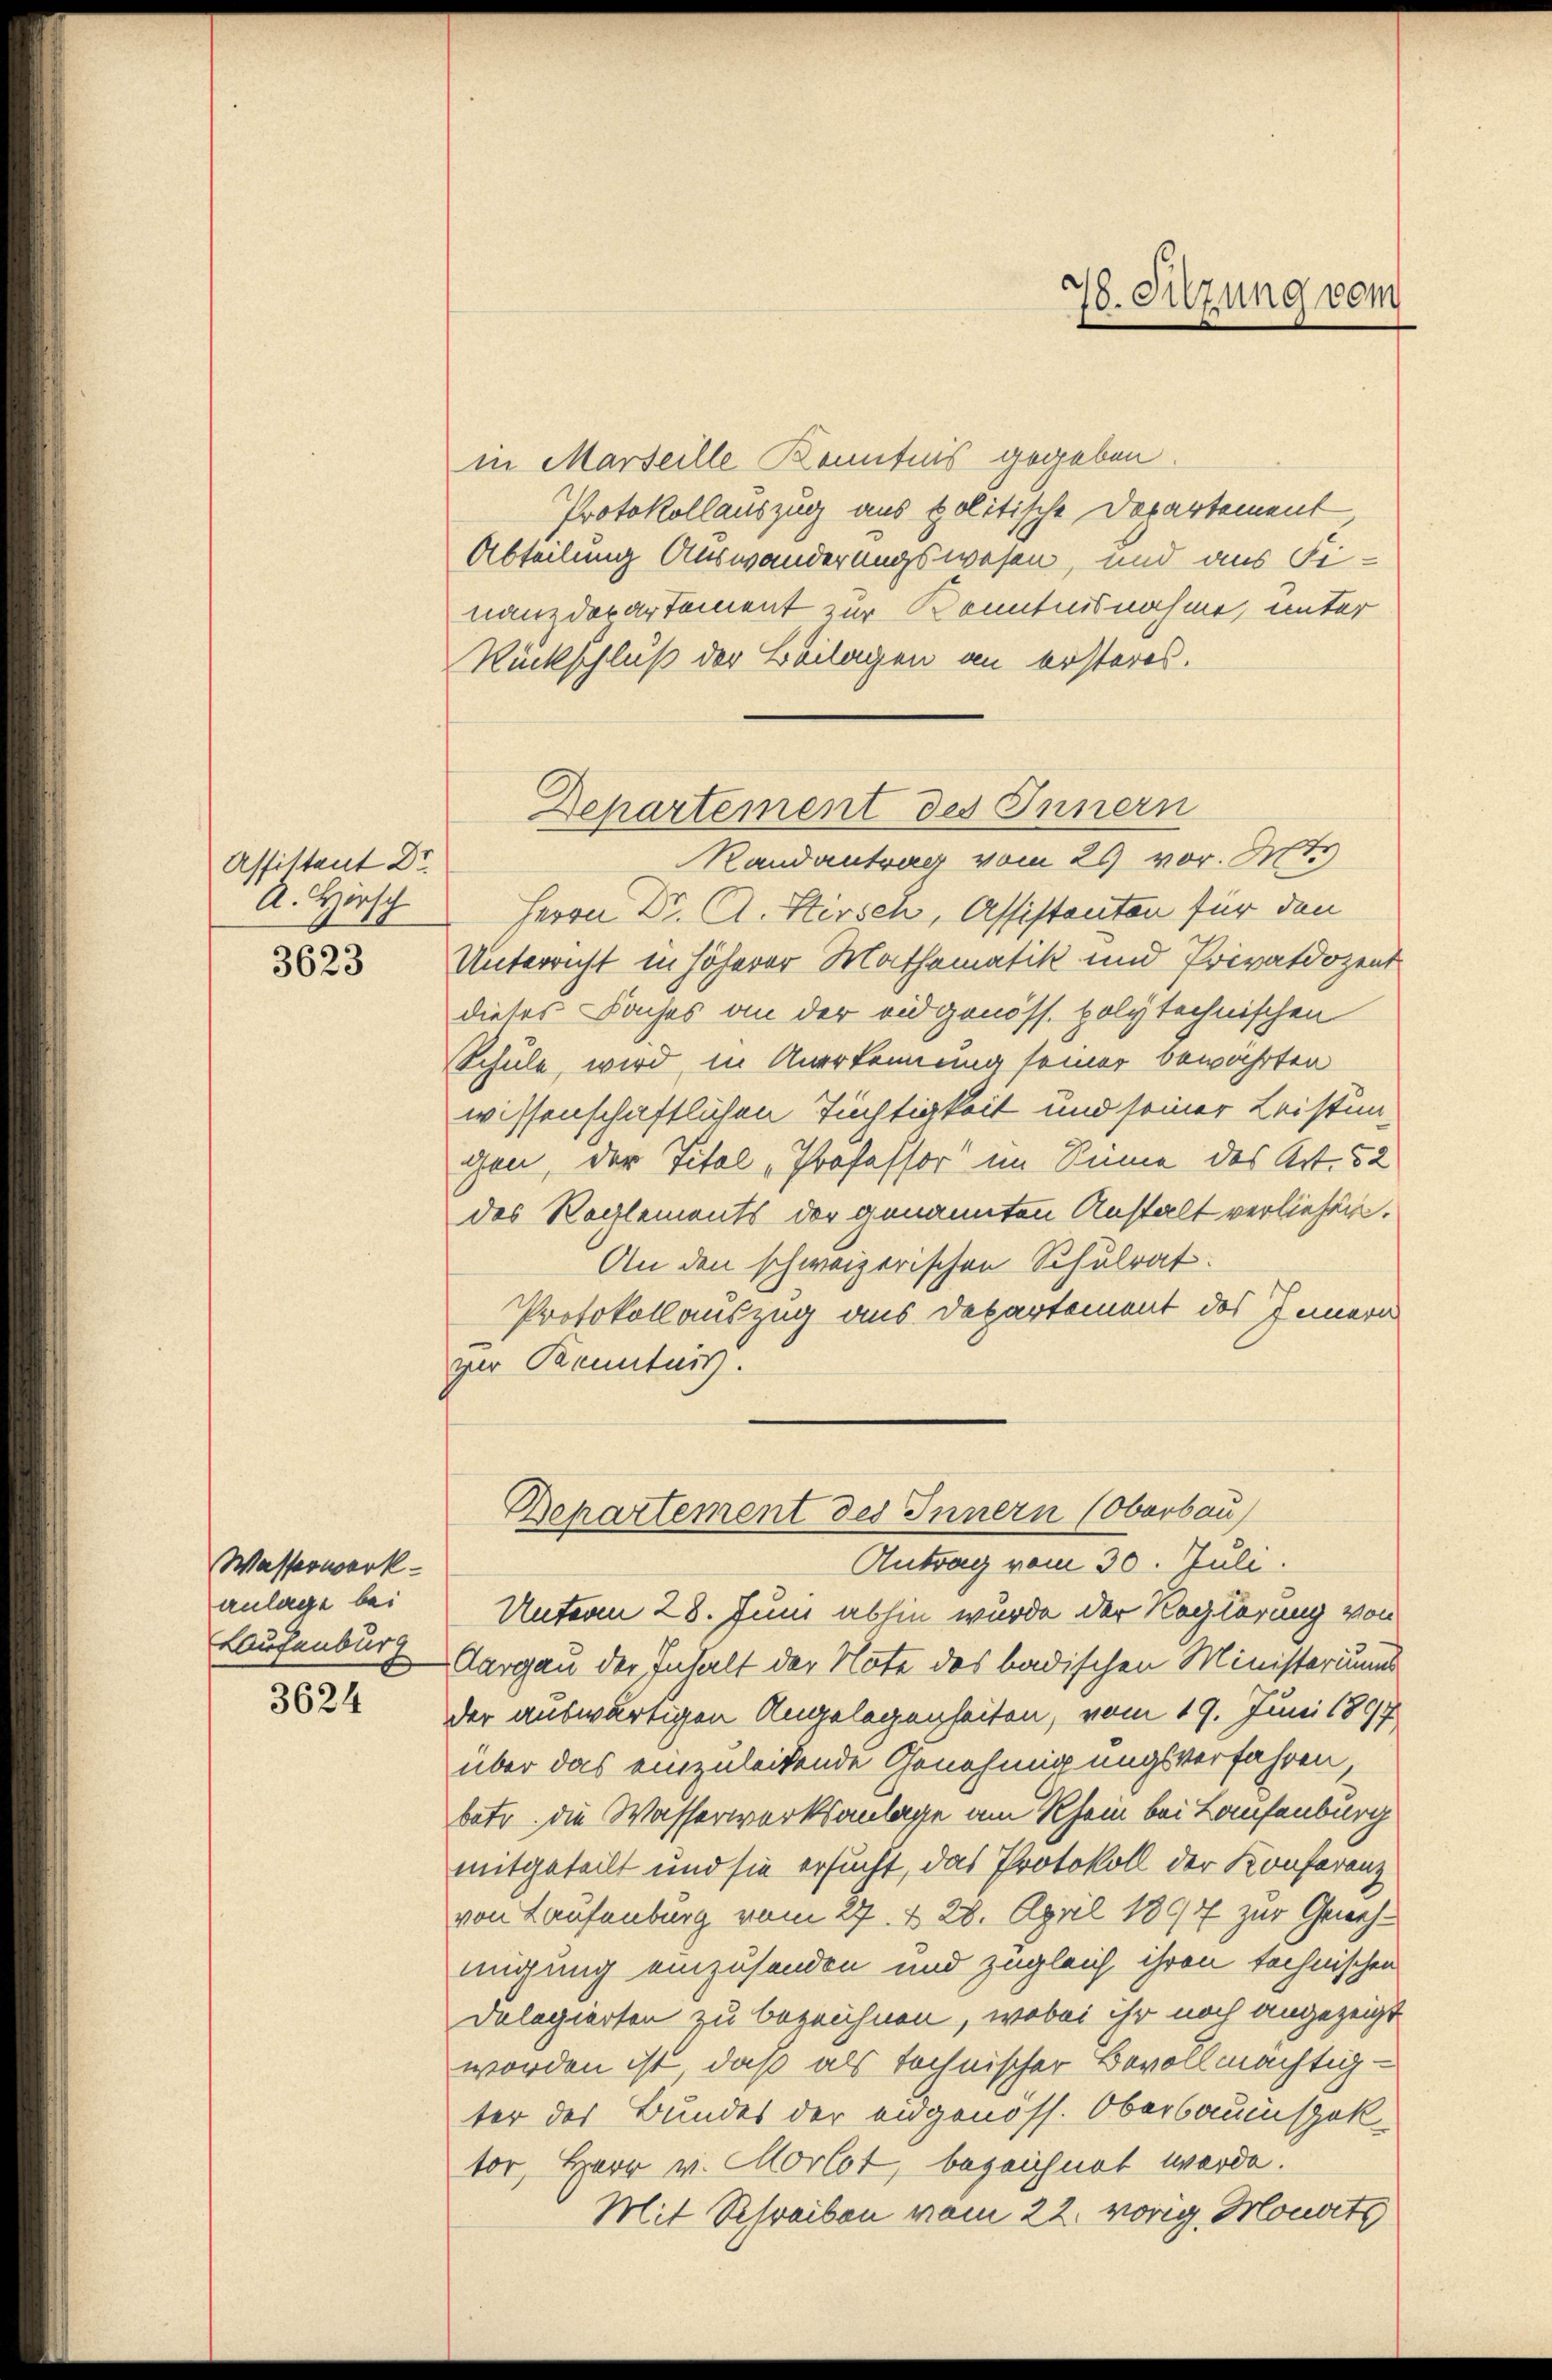
Assittent Dr
A. Hersch
3623

Wasserwerk
anlage bei
Laufenburg

3624

in Marseille Kenntnis gegeben
Protokollauszug aus politische Departement,
Abteilung Auswanderungswesen, und aus Finanzdepartement zur Kenntnisnahme, unter
Rückschluß der Beilagen an ersteres.
Randantrag vom 26 vor. Mts.
Herrn Dr. A. Hirsch, Assistanten für den
Unterricht in höherer Mathematik und Privatdozent
dieses Daches an der eidgenöss. polytechnischen
Schule, wird, in Anerkennung seiner bewahrten
wissenschaftlichen Tüchtigkeit und seiner Leistun-
gen, der Titel „Professor im Sinne des Art. 52
des Reglements der genannten Anstalt verliehen.
An den schweizerischen Schulrat.
Protokollauszug aus Departement des Innern
per Kenntnis.
Bepartement des Innern (Oberbau
Antrag vom 30. Juli.
Unterm 28. Juni abhin wurde der Regierung von
Aargau der Inhalt der Note des badischen Ministeriums
der auswärtigen Angelegenheiten, vom 19. Juni 1897
über das einzuleitende Genehmigungsverfahren
betr. die Wasserwerksanlage am Rhein bei Laufenburg
mitgeteilt und sie ersucht, das Protokoll der Konferenz
von Laufenburg vom 27. d. 28. April 1897 zur Genehmigung einzusenden und zugleich ihren technischen
Dolegierten zu bezeichnen, wobei ihr noch angezeigt
worden ist, daß als technischer Bevollmächtig-
ter des Bundes der eidgenöss. Oberbauinspektor, Herr v. Morlot, bezeichnet werde.
Mit Schreiben vom 22. vorig Monat

Departement des Innern

78. Sitzung vom